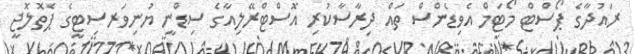
ރައުދާގެ ޕޯސްޓް މޯޓަމް އެވިޑެންސް ތައް ދިރާސާކުރި އޮސްޓްރޭލިއާގެ ސިޑްނީ ޔުނިވަރސިޓީގެ ޕެތޮލޮޖީ